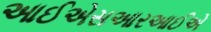
આઈએસઆરઆઈએ